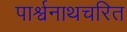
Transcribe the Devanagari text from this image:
पार्श्वनाथचरित